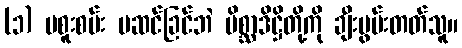
(၁) မစူးစမ်း မဆင်ခြင်ဘဲ မိစ္ဆာဒိဋ္ဌိတို့ကို ချီးမွမ်းတတ်သူ။